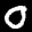
Label: 0